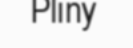
Pliny